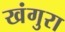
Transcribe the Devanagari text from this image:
खंगुरा